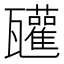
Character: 𤮳